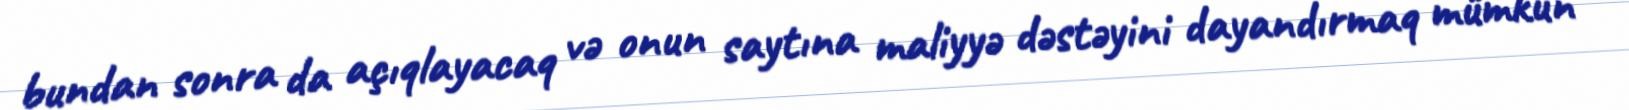
bundan sonra da açıqlayacaq və onun saytına maliyyə dəstəyini dayandırmaq mümkün